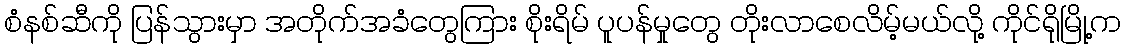
စံနစ်ဆီကို ပြန်သွားမှာ အတိုက်အခံတွေကြား စိုးရိမ် ပူပန်မှုတွေ တိုးလာစေလိမ့်မယ်လို့ ကိုင်ရိုမြို့က